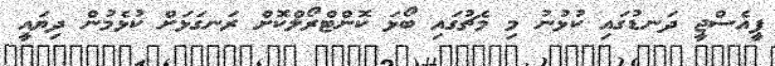
ޕީއެސްޖީ ދަނޑުގައި ކުޅުނު މި މެޗުގައި ބޯޅަ ކޮންޓްރޯލްކޮށް ރަނގަޅަށް ކުޅެމުން ދިޔައީ